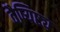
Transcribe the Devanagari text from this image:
वैष्यिष्ट्य